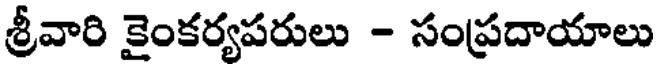
శ్రీవారి కైంకర్యపరులు - సంప్రదాయాలు